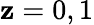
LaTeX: \mathbf{z}=0,1